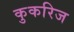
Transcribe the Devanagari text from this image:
कुकरिज